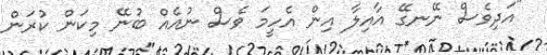
"އަދިވެސް ނޭނގޭ އާއިލާ އިން އެހީމަ ވެސް ނުއެއް ބުނޭ މިކަން ކުރަން